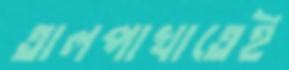
তালপাখাতেই